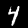
Digit: 4